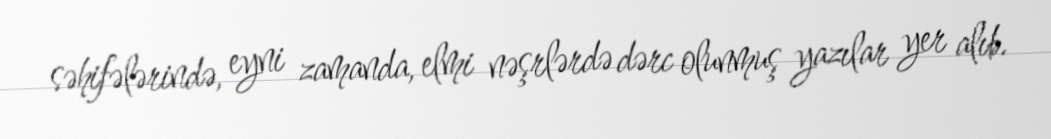
səhifələrində, eyni zamanda, elmi nəşrlərdə dərc olunmuş yazılar yer alıb.